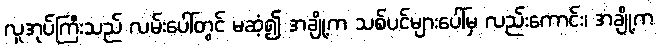
လူအုပ်ကြီးသည် လမ်းပေါ်တွင် မဆံ့၍ အချို့က သစ်ပင်များပေါ်မှ လည်းကောင်း၊ အချို့က